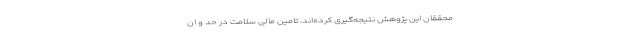
محققان این پژوهش نتیجه‌گیری کرده‌اند، تامین مالی سلامت در حد و ان